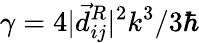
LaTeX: \gamma=4|\vec{d}_{ij}^{R}|^{2}k^{3}/3\hbar